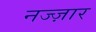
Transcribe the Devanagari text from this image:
नज्ज़ार